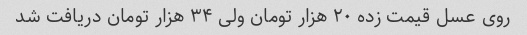
روی عسل قیمت زده ۲۰ هزار تومان ولی ۳۴ هزار تومان دریافت شد